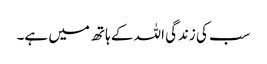
سب کی زندگی اللہ کے ہاتھ میں ہے۔